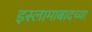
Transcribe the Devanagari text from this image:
इस्लामाबादच्या